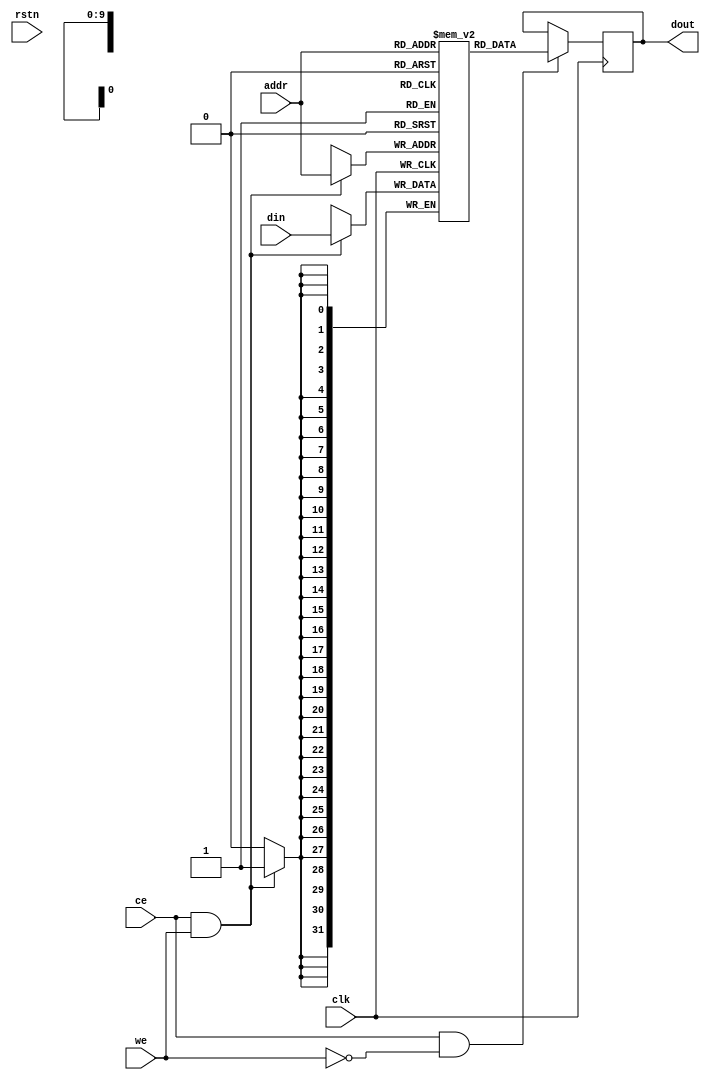
//
// Last Modified      : 
// Update Count       : 2016-11-15 23:37
// Tags               :  
// Description        : 
// Conclusion         : 
//                      
//=======================================================================

module dutmem2(clk, rstn, ce, we, addr, din, dout);
parameter DWIDTH = 32;
parameter AWIDTH = 10;
parameter DEPTH = (1<<AWIDTH);

input clk, rstn;
input ce, we;

input [AWIDTH-1:0] addr;
input [DWIDTH-1:0] din;
output [DWIDTH-1:0] dout;

reg [DWIDTH-1:0] do_r;

reg [DWIDTH-1:0] mem [0:DEPTH-1];

always @(posedge clk)
begin
	if(ce && we)
	begin
		mem[addr] <= din;
	end
end

always @(posedge clk)
begin
	if(ce && !we)
	begin
		do_r <= mem[addr];
	end
end

assign dout = do_r;

endmodule